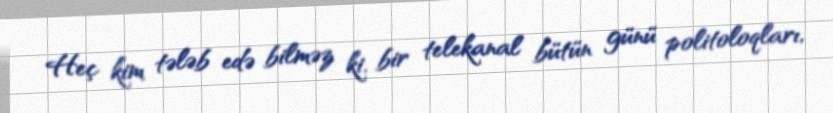
Heç kim tələb edə bilməz ki, bir telekanal bütün günü politoloqları,